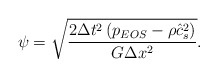
\begin{align*}\psi = \sqrt {\frac{{2\Delta {t^2}\left( {{p_{EOS}} - \rho \hat c_s^2} \right)}}{{G\Delta {x^2}}}} .\end{align*}